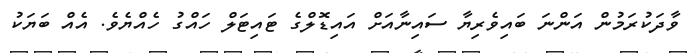
ވާދަކުރަމުން އަންނަ ބައިވެރިޔާ ސައިނާއަށް އައިޑޮލްގެ ޓައިޓަލް ހައްގު ހެއްޔެވެ. އެއް ބަޔަކު